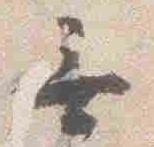
無